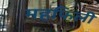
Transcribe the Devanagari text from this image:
महफिली